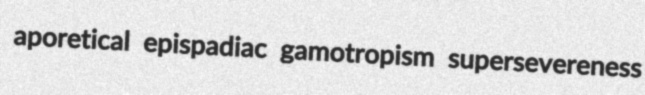
aporetical epispadiac gamotropism supersevereness